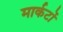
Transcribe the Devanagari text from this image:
मार्कटों